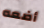
أضعه